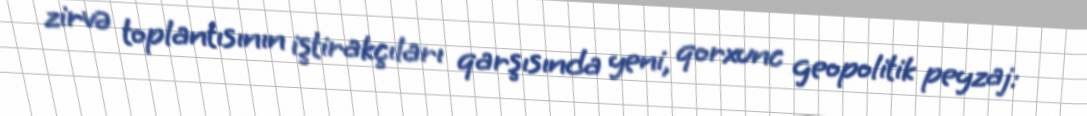
zirvə toplantısının iştirakçıları qarşısında yeni, qorxunc geopolitik peyzaj: